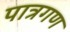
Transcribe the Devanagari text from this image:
पात्रगण